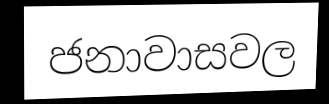
ජනාවාසවල